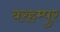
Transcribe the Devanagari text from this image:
बरहम्पुर